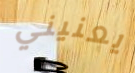
يعنيني